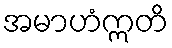
အမာဟံဣတိ